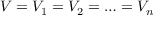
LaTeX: V = V _ { 1 } = V _ { 2 } = \ldots = V _ { n }